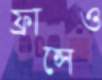
ফ্রান্সেও